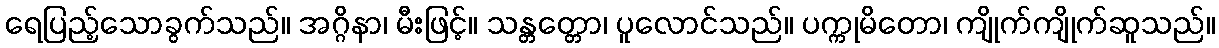
ရေပြည့်သောခွက်သည်။ အဂ္ဂိနာ၊ မီးဖြင့်။ သန္တတ္တော၊ ပူလောင်သည်။ ပက္ကုမိတော၊ ကျိုက်ကျိုက်ဆူသည်။